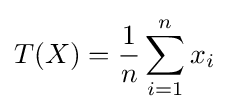
T(X)={\frac {1}{n}}\sum _{i=1}^{n}x_{i}\